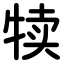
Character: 犊